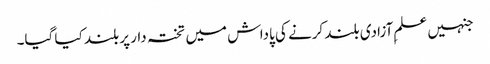
جنہیں علمِ آزادی بلند کرنے کی پاداش میں تختہ دار پر بلند کیا گیا۔